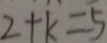
2 + k = 5